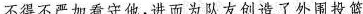
不得不严加看守他，进而为队友创造了外围投篮